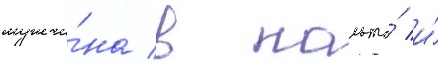
мужчи́на в пальто́ и́